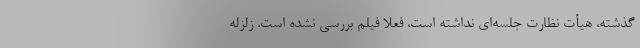
گذشته، هیأت نظارت جلسه‌ای نداشته است، فعلاً فیلم بررسی نشده است. زلزله